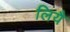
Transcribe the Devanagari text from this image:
लियै